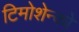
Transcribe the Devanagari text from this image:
टिमोशेन्को